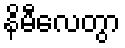
နိမီလေတွာ